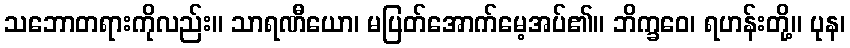
သဘောတရားကိုလည်း။ သာရဏီယော၊ မပြတ်အောက်မေ့အပ်၏။ ဘိက္ခဝေ၊ ရဟန်းတို့။ ပုန၊